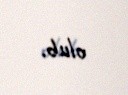
olub.